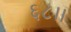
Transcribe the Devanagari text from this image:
६८।।